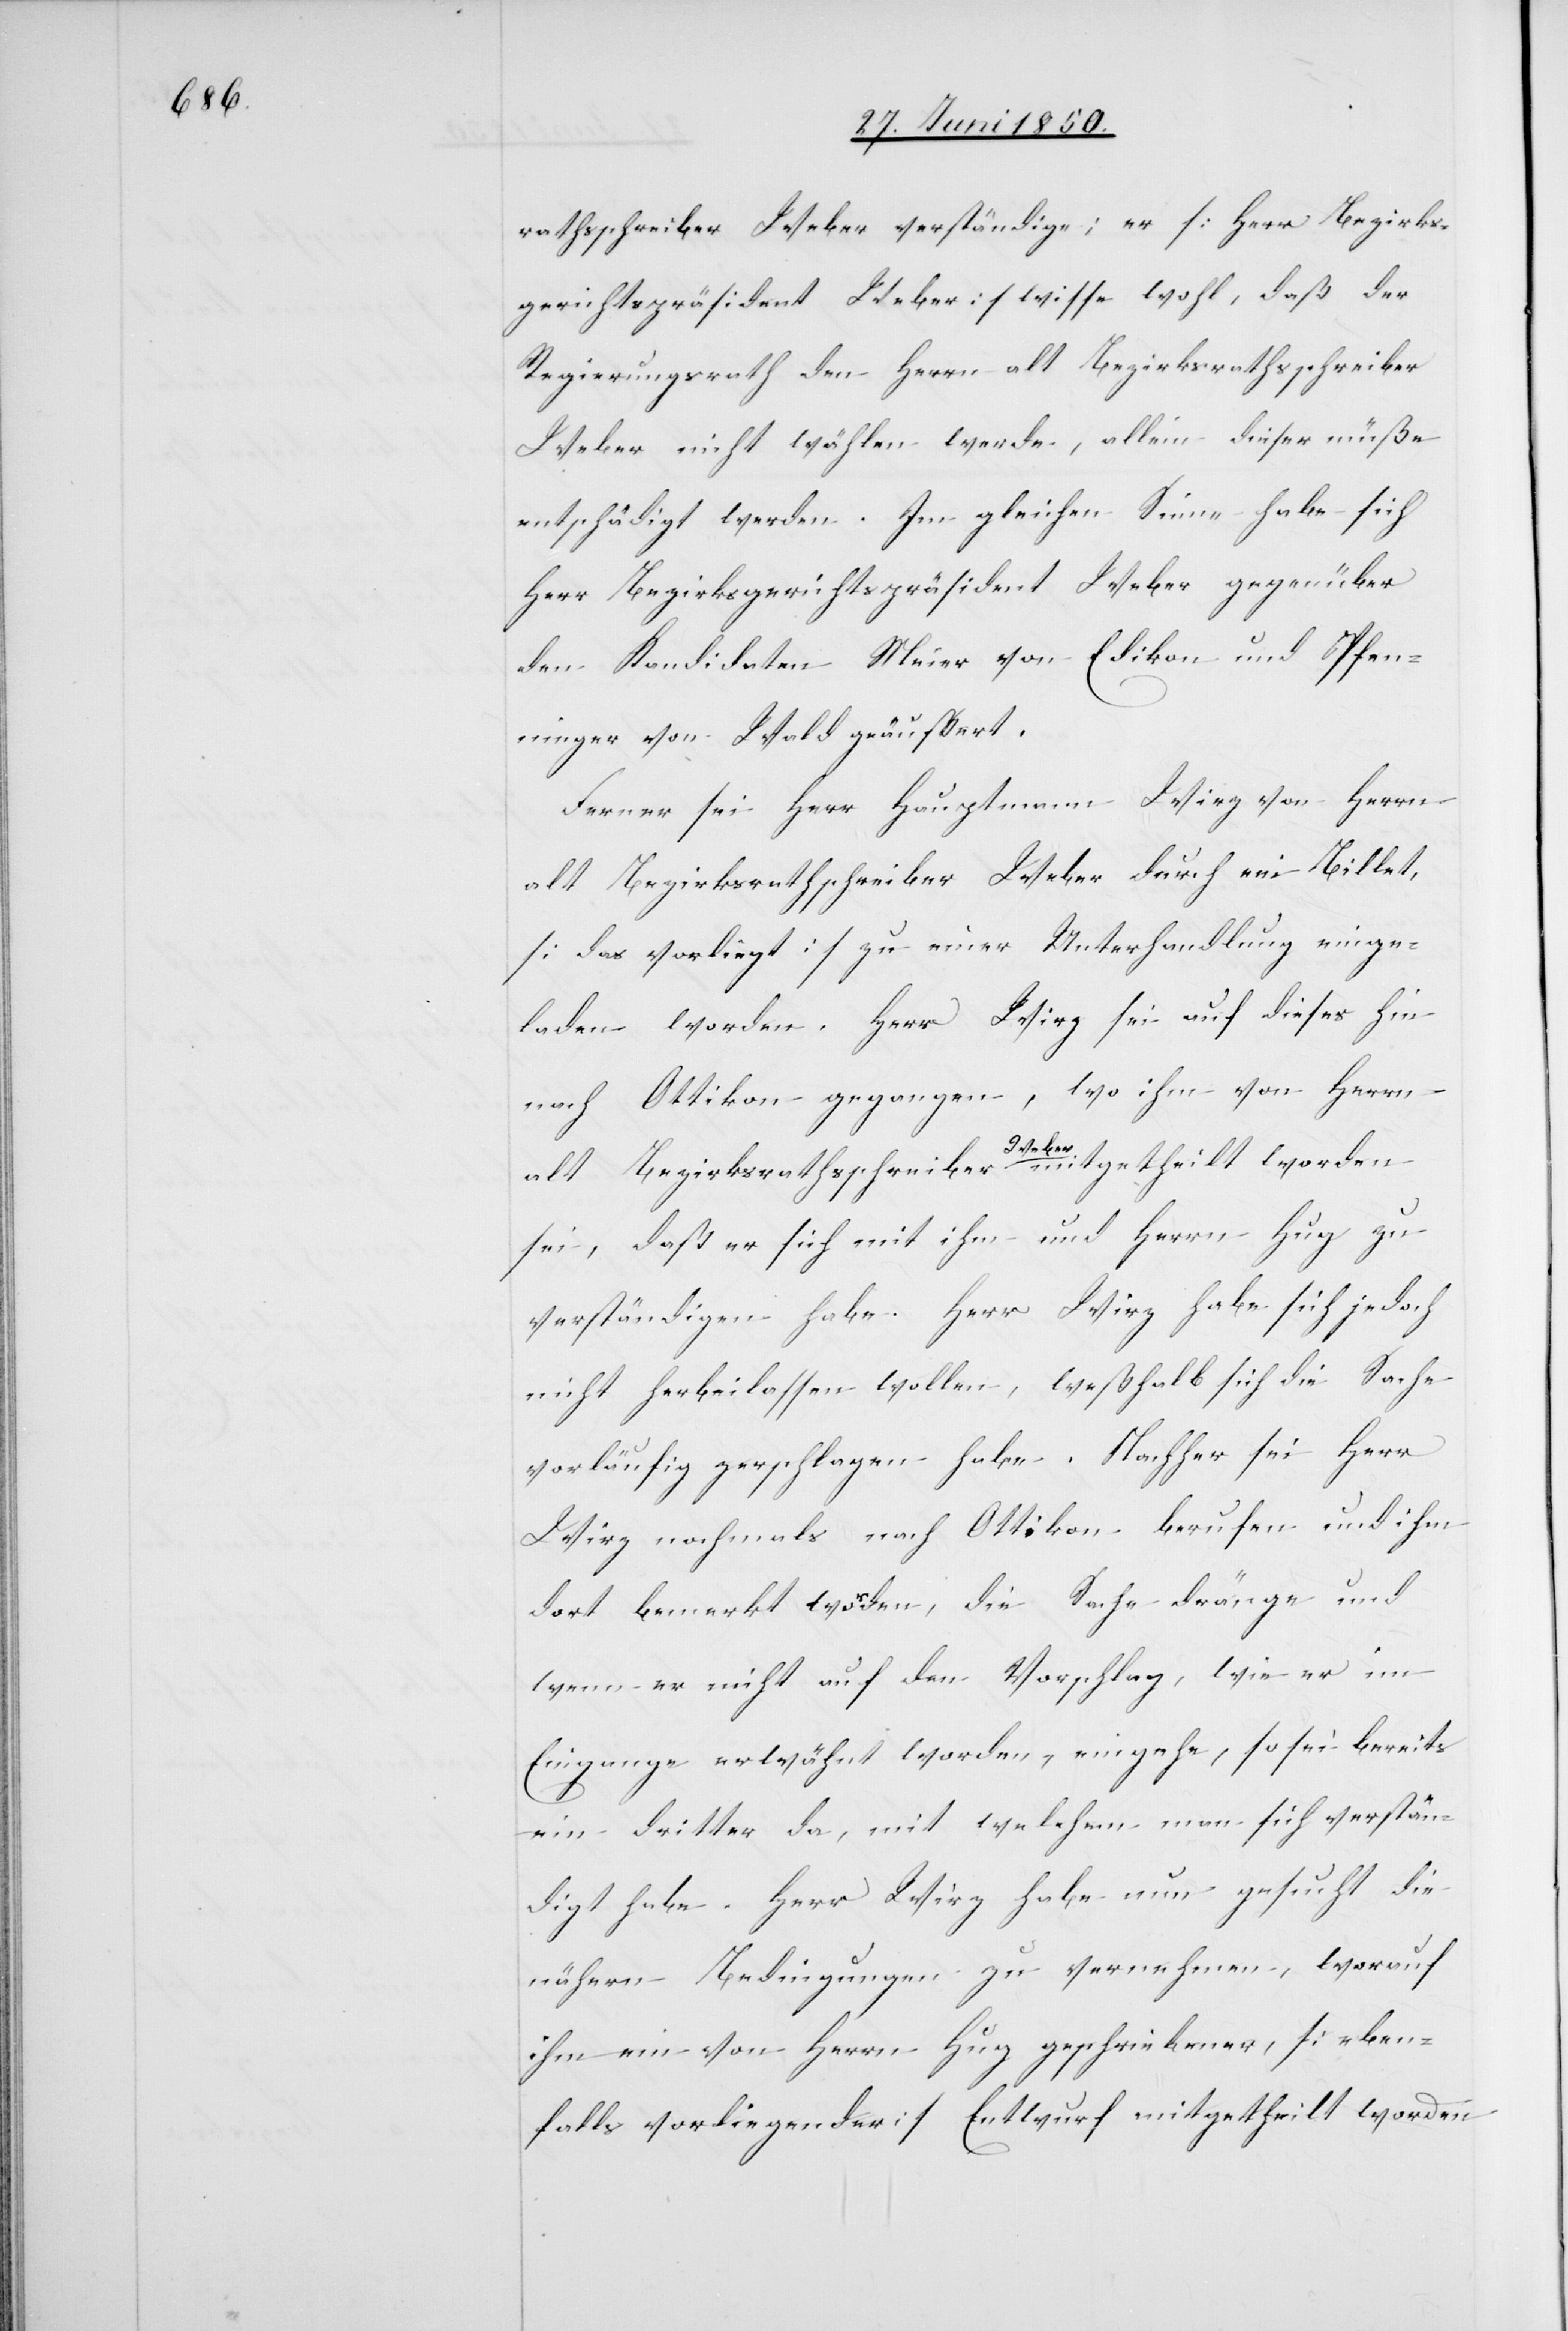
rathsschreiber Weber verständige; er [Herr Bezirks¬
gerichtspräsident Weber] wisse wohl, daß der
Regierungsrath den Herrn alt Bezirksrathsschreiber
Weber nicht wählen werde, allein dieser müße
entschädigt werden. Im gleichen Sinne habe sich
Herr Bezirksgerichtspräsident Weber gegenüber
den Kandidaten Meier von Edikon und Pfen¬
ninger von Wald geäußert.
Ferner sei Herr Hauptmann Wirz von Herrn
alt Bezirksrathschreiber Weber durch ein Billet,
[das vorliegt] zu einer Unterhandlung einge¬
laden worden. Herr Wirz sei auf dieses hin
nach Ottikon gegangen, wo ihm von Herrn
alt Bezirksrathsschreiber Weber mitgetheilt worden
sei, daß er sich mit ihm und Herrn Hug zu
verständigen habe. Herr Wirz habe sich jedoch
nicht herbeilassen wollen, weßhalb sich die Sache
vorläufig zerschlagen habe. Nachher sei Herr
Wirz nochmals nach Ottikon berufen und ihm
dort bemerkt worden, die Sache dränge und
wenn er nicht auf den Vorschlag, wie er im
Eingange erwähnt worden, eingehe, so sei bereits
ein dritter da, mit welchem man sich verstän¬
digt habe. Herr Wirz habe nun gesucht die
nähern Bedingungen zu vernehmen, worauf
ihm ein von Herrn Hug geschriebener, [eben¬
falls vorliegender] Entwurf mitgetheilt worden